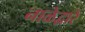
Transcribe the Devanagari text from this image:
नाळेद्वारे